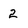
Character: 2